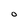
Character: o